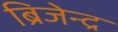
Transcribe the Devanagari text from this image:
ब्रिजेन्द्र